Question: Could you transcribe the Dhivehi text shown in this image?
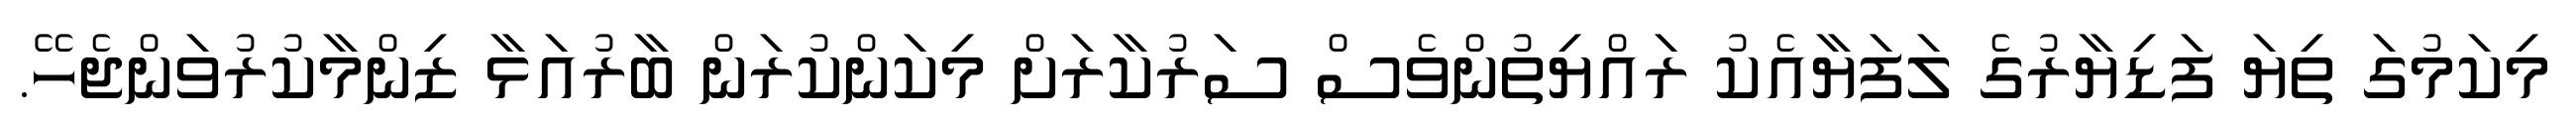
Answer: މިކަމުގަ ތިޔަ ފަޑިޔާރުގެ ލަފަޔާއެކު ރައްޔިތުންވެސް ސަރުކާރަށް މިކަންކުރަން ބާރުއަޅާ ޒިންމާކުރުވަންޖެހޭ.